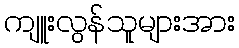
ကျူးလွန်သူများအား